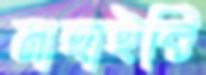
নাহাইবি